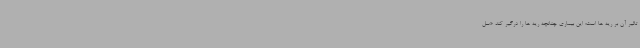
تاثیر آن بر ریه ها است؛ این بیماری چنانچه ریه ها را درگیر کند «سل